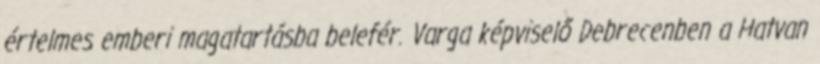
értelmes emberi magatartásba belefér. Varga képviselő Debrecenben a Hatvan